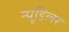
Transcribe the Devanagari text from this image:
न्यूडिलर